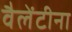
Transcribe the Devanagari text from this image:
वैलेंटीना